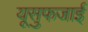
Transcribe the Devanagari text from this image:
यूसुफजाई